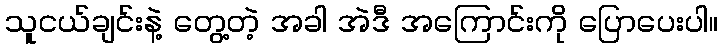
သူငယ်ချင်းနဲ့ တွေ့တဲ့ အခါ အဲဒီ အကြောင်းကို ပြောပေးပါ။